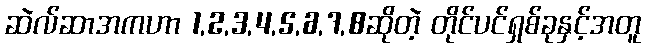
ဆဲလ်ဆာအကဟာ 1,2,3,4,5,6,7,8ဆိုတဲ့ တိုင်ပင်ရှစ်ခုနှင့်အတူ